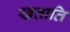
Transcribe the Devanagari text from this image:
खत्ताति